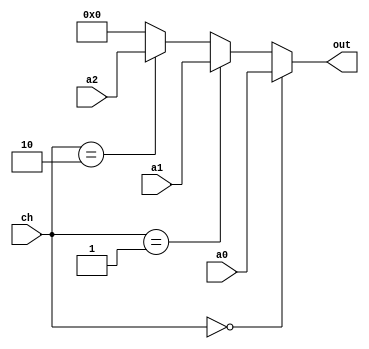
module mux_3_5b (a0 , a1 , a2 , ch , out );
  input   [4:0]     a0 , a1 , a2  ;
  input   [1:0]     ch            ;
  output  [4:0]     out           ;
  wire    [4:0]     out           ;
  
  assign  out   =   (ch == 2'b00) ? a0  :
                    (ch == 2'b01) ? a1  :
                    (ch == 2'b10) ? a2  :
                                    5'b0;
endmodule

module mux_5_32b (a0 , a1 , a2 , a3 , a4 , ch , out );
  input   [31:0]     a0 , a1 , a2 , a3 ,a4 ;
  input   [2:0]      ch                    ;
  output  [31:0]     out                   ;
  wire    [31:0]     out                   ;
  
  assign  out   =   (ch == 3'b000) ? a0    :
                    (ch == 3'b001) ? a1    :
                    (ch == 3'b010) ? a2    :
                    (ch == 3'b011) ? a3    :
                    (ch == 3'b100) ? a4    :
                                     32'b0 ;
endmodule 

module mux_4_32b (a0 , a1 , a2 , a3 , ch , out );
  input   [31:0]     a0 , a1 , a2 , a3  ;
  input   [1:0]      ch                 ;
  output  [31:0]     out                ;
  wire    [31:0]     out                ;
  
  assign  out   =   (ch == 2'b00) ? a0    :
                    (ch == 2'b01) ? a1    :
                    (ch == 2'b10) ? a2    :
                    (ch == 2'b11) ? a3    :
                                    32'b0 ;
endmodule 

module mux_3_32b (a0 , a1 , a2 , ch , out );
  input   [31:0]     a0 , a1 , a2  ;
  input   [1:0]      ch            ;
  output  [31:0]     out           ;
  wire    [31:0]     out           ;
  
  assign  out   =   (ch == 2'b00) ? a0    :
                    (ch == 2'b01) ? a1    :
                    (ch == 2'b10) ? a2    :
                                    32'b0 ;
endmodule 

module mux_2_32b (a0 , a1 , ch , out );
  input   [31:0]     a0 , a1       ;
  input              ch            ;
  output  [31:0]     out           ;
  wire    [31:0]     out           ;
  
  assign  out   =   (ch == 0) ? a0    :
                                a1    ;
endmodule